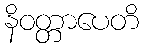
နိဝတ္တာပေတိ